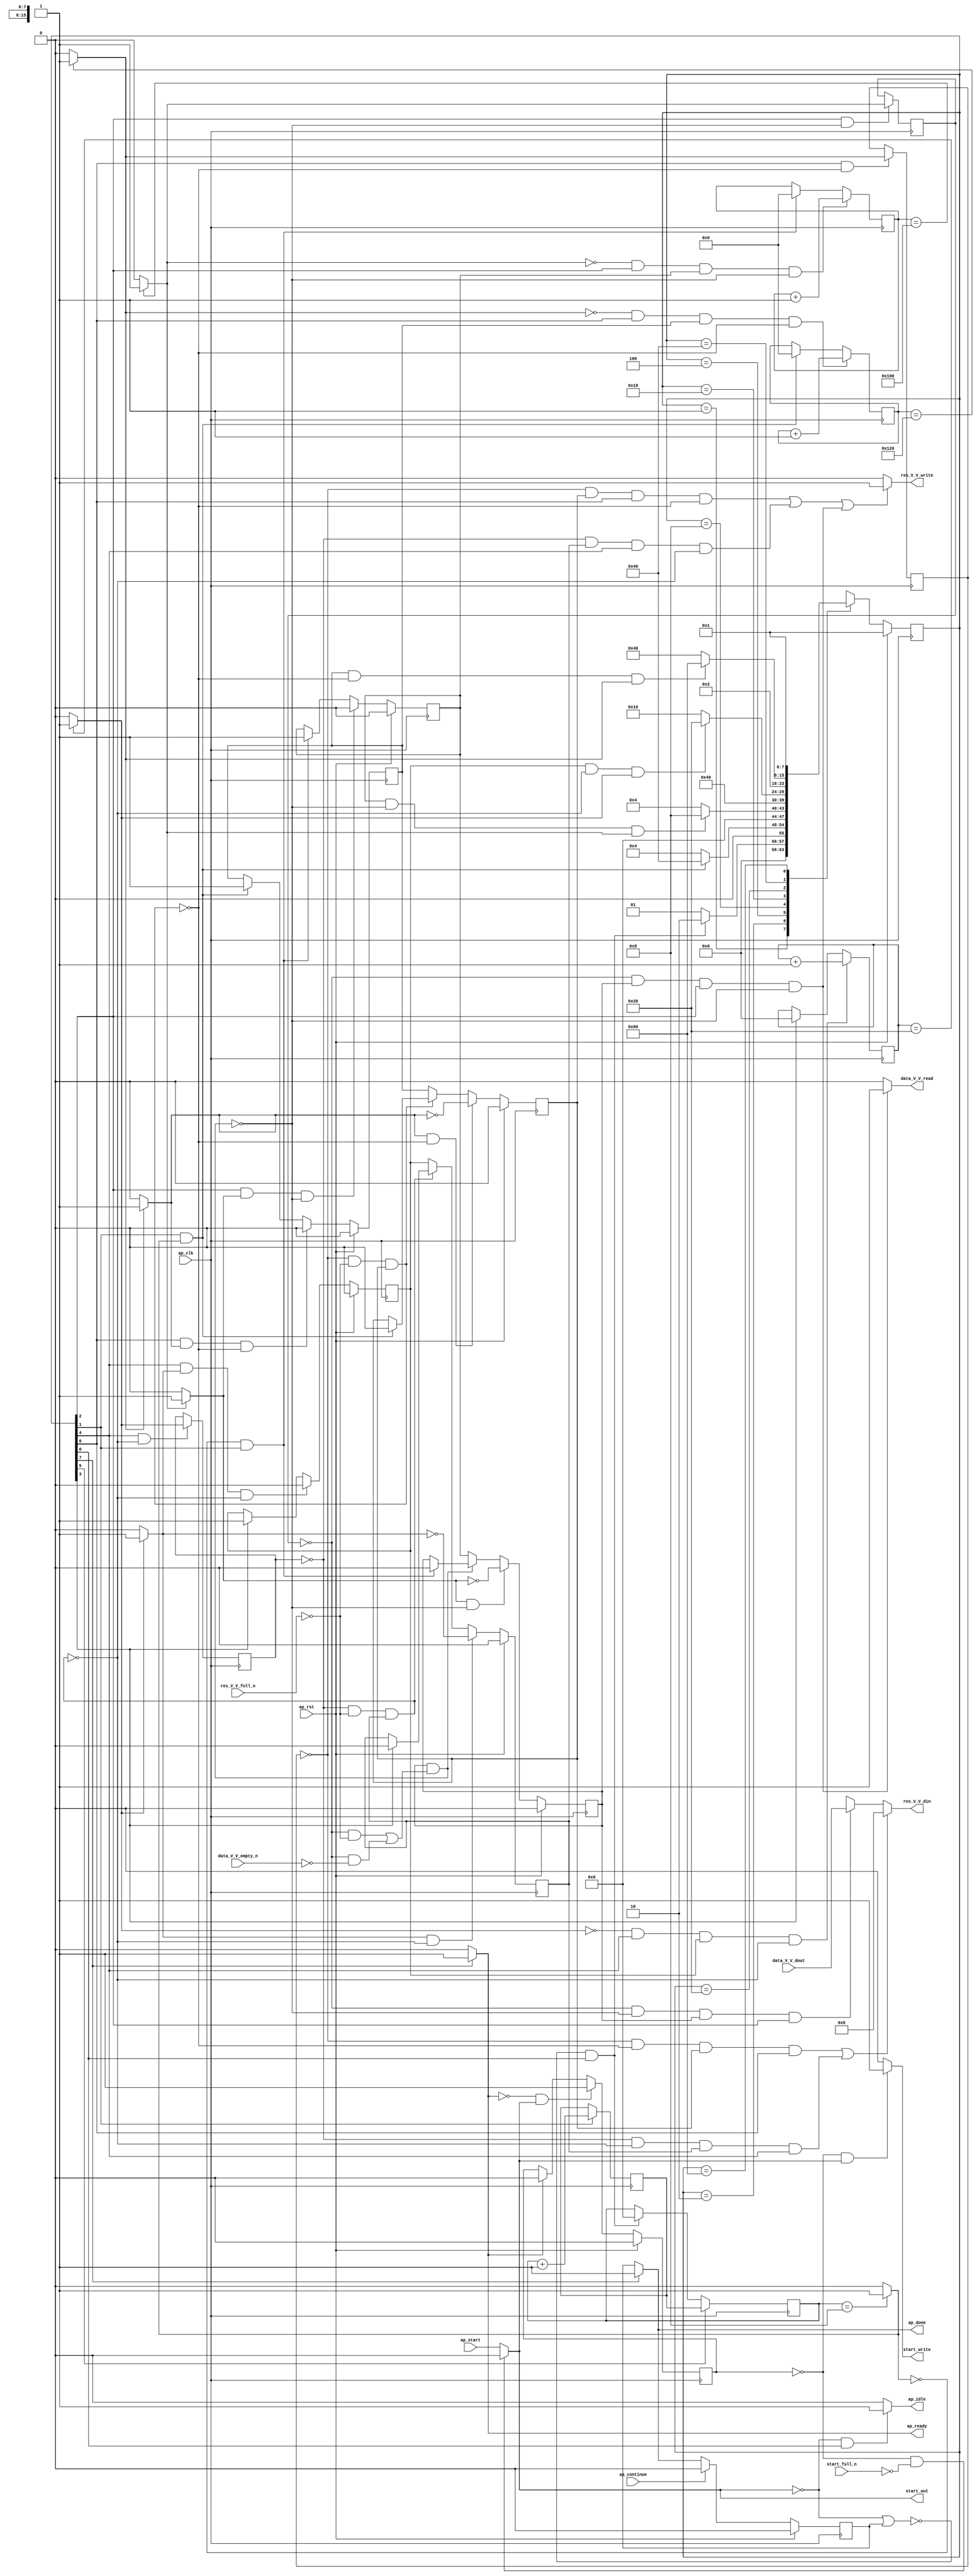
// ==============================================================
// RTL generated by Vivado(TM) HLS - High-Level Synthesis from C, C++ and OpenCL
// Version: 2019.2
// Copyright (C) 1986-2019 Xilinx, Inc. All Rights Reserved.
// 
// ===========================================================

`timescale 1 ns / 1 ps 

module zeropad2d_cl_ss_ap_fixed_ap_fixed_config80_s (
        ap_clk,
        ap_rst,
        ap_start,
        start_full_n,
        ap_done,
        ap_continue,
        ap_idle,
        ap_ready,
        start_out,
        start_write,
        data_V_V_dout,
        data_V_V_empty_n,
        data_V_V_read,
        res_V_V_din,
        res_V_V_full_n,
        res_V_V_write
);

parameter    ap_ST_fsm_state1 = 8'd1;
parameter    ap_ST_fsm_state2 = 8'd2;
parameter    ap_ST_fsm_pp0_stage0 = 8'd4;
parameter    ap_ST_fsm_state5 = 8'd8;
parameter    ap_ST_fsm_pp1_stage0 = 8'd16;
parameter    ap_ST_fsm_state8 = 8'd32;
parameter    ap_ST_fsm_pp2_stage0 = 8'd64;
parameter    ap_ST_fsm_state11 = 8'd128;

input   ap_clk;
input   ap_rst;
input   ap_start;
input   start_full_n;
output   ap_done;
input   ap_continue;
output   ap_idle;
output   ap_ready;
output   start_out;
output   start_write;
input  [15:0] data_V_V_dout;
input   data_V_V_empty_n;
output   data_V_V_read;
output  [15:0] res_V_V_din;
input   res_V_V_full_n;
output   res_V_V_write;

reg ap_done;
reg ap_idle;
reg start_write;
reg data_V_V_read;
reg[15:0] res_V_V_din;
reg res_V_V_write;

reg    real_start;
reg    start_once_reg;
reg    ap_done_reg;
(* fsm_encoding = "none" *) reg   [7:0] ap_CS_fsm;
wire    ap_CS_fsm_state1;
reg    internal_ap_ready;
reg    data_V_V_blk_n;
wire    ap_CS_fsm_pp0_stage0;
reg    ap_enable_reg_pp0_iter1;
wire    ap_block_pp0_stage0;
reg   [0:0] icmp_ln121_reg_218;
reg    res_V_V_blk_n;
wire    ap_CS_fsm_pp1_stage0;
reg    ap_enable_reg_pp1_iter1;
wire    ap_block_pp1_stage0;
reg   [0:0] icmp_ln24_reg_227;
wire    ap_CS_fsm_pp2_stage0;
reg    ap_enable_reg_pp2_iter1;
wire    ap_block_pp2_stage0;
reg   [0:0] icmp_ln130_reg_236;
reg   [8:0] indvar_flatten_reg_128;
reg   [5:0] c_0_i15_reg_139;
reg   [8:0] indvar_flatten11_reg_150;
wire   [0:0] icmp_ln117_fu_161_p2;
wire    ap_CS_fsm_state2;
wire   [3:0] i_fu_167_p2;
reg   [3:0] i_reg_213;
wire   [0:0] icmp_ln121_fu_173_p2;
wire    ap_block_state3_pp0_stage0_iter0;
reg    ap_block_state4_pp0_stage0_iter1;
reg    ap_block_pp0_stage0_11001;
wire   [8:0] add_ln121_fu_179_p2;
reg    ap_enable_reg_pp0_iter0;
wire   [0:0] icmp_ln24_fu_185_p2;
wire    ap_block_state6_pp1_stage0_iter0;
reg    ap_block_state7_pp1_stage0_iter1;
reg    ap_block_pp1_stage0_11001;
wire   [5:0] c_fu_191_p2;
reg    ap_enable_reg_pp1_iter0;
wire   [0:0] icmp_ln130_fu_197_p2;
wire    ap_block_state9_pp2_stage0_iter0;
reg    ap_block_state10_pp2_stage0_iter1;
reg    ap_block_pp2_stage0_11001;
wire   [8:0] add_ln130_fu_203_p2;
reg    ap_enable_reg_pp2_iter0;
reg    ap_block_pp0_stage0_subdone;
reg    ap_condition_pp0_exit_iter0_state3;
wire    ap_CS_fsm_state5;
reg    ap_block_pp1_stage0_subdone;
reg    ap_condition_pp1_exit_iter0_state6;
reg    ap_block_pp2_stage0_subdone;
reg    ap_condition_pp2_exit_iter0_state9;
reg   [3:0] i1_0_reg_117;
reg    ap_block_state1;
wire    ap_CS_fsm_state8;
reg    ap_block_pp0_stage0_01001;
reg    ap_block_pp1_stage0_01001;
reg    ap_block_pp2_stage0_01001;
wire    ap_CS_fsm_state11;
reg   [7:0] ap_NS_fsm;
reg    ap_idle_pp0;
wire    ap_enable_pp0;
reg    ap_idle_pp1;
wire    ap_enable_pp1;
reg    ap_idle_pp2;
wire    ap_enable_pp2;

// power-on initialization
initial begin
#0 start_once_reg = 1'b0;
#0 ap_done_reg = 1'b0;
#0 ap_CS_fsm = 8'd1;
#0 ap_enable_reg_pp0_iter1 = 1'b0;
#0 ap_enable_reg_pp1_iter1 = 1'b0;
#0 ap_enable_reg_pp2_iter1 = 1'b0;
#0 ap_enable_reg_pp0_iter0 = 1'b0;
#0 ap_enable_reg_pp1_iter0 = 1'b0;
#0 ap_enable_reg_pp2_iter0 = 1'b0;
end

always @ (posedge ap_clk) begin
    if (ap_rst == 1'b1) begin
        ap_CS_fsm <= ap_ST_fsm_state1;
    end else begin
        ap_CS_fsm <= ap_NS_fsm;
    end
end

always @ (posedge ap_clk) begin
    if (ap_rst == 1'b1) begin
        ap_done_reg <= 1'b0;
    end else begin
        if ((ap_continue == 1'b1)) begin
            ap_done_reg <= 1'b0;
        end else if ((1'b1 == ap_CS_fsm_state11)) begin
            ap_done_reg <= 1'b1;
        end
    end
end

always @ (posedge ap_clk) begin
    if (ap_rst == 1'b1) begin
        ap_enable_reg_pp0_iter0 <= 1'b0;
    end else begin
        if (((1'b1 == ap_CS_fsm_pp0_stage0) & (1'b1 == ap_condition_pp0_exit_iter0_state3) & (1'b0 == ap_block_pp0_stage0_subdone))) begin
            ap_enable_reg_pp0_iter0 <= 1'b0;
        end else if (((icmp_ln117_fu_161_p2 == 1'd0) & (1'b1 == ap_CS_fsm_state2))) begin
            ap_enable_reg_pp0_iter0 <= 1'b1;
        end
    end
end

always @ (posedge ap_clk) begin
    if (ap_rst == 1'b1) begin
        ap_enable_reg_pp0_iter1 <= 1'b0;
    end else begin
        if (((1'b1 == ap_condition_pp0_exit_iter0_state3) & (1'b0 == ap_block_pp0_stage0_subdone))) begin
            ap_enable_reg_pp0_iter1 <= (1'b1 ^ ap_condition_pp0_exit_iter0_state3);
        end else if ((1'b0 == ap_block_pp0_stage0_subdone)) begin
            ap_enable_reg_pp0_iter1 <= ap_enable_reg_pp0_iter0;
        end else if (((icmp_ln117_fu_161_p2 == 1'd0) & (1'b1 == ap_CS_fsm_state2))) begin
            ap_enable_reg_pp0_iter1 <= 1'b0;
        end
    end
end

always @ (posedge ap_clk) begin
    if (ap_rst == 1'b1) begin
        ap_enable_reg_pp1_iter0 <= 1'b0;
    end else begin
        if (((1'b1 == ap_CS_fsm_pp1_stage0) & (1'b1 == ap_condition_pp1_exit_iter0_state6) & (1'b0 == ap_block_pp1_stage0_subdone))) begin
            ap_enable_reg_pp1_iter0 <= 1'b0;
        end else if ((1'b1 == ap_CS_fsm_state5)) begin
            ap_enable_reg_pp1_iter0 <= 1'b1;
        end
    end
end

always @ (posedge ap_clk) begin
    if (ap_rst == 1'b1) begin
        ap_enable_reg_pp1_iter1 <= 1'b0;
    end else begin
        if (((1'b1 == ap_condition_pp1_exit_iter0_state6) & (1'b0 == ap_block_pp1_stage0_subdone))) begin
            ap_enable_reg_pp1_iter1 <= (1'b1 ^ ap_condition_pp1_exit_iter0_state6);
        end else if ((1'b0 == ap_block_pp1_stage0_subdone)) begin
            ap_enable_reg_pp1_iter1 <= ap_enable_reg_pp1_iter0;
        end else if ((1'b1 == ap_CS_fsm_state5)) begin
            ap_enable_reg_pp1_iter1 <= 1'b0;
        end
    end
end

always @ (posedge ap_clk) begin
    if (ap_rst == 1'b1) begin
        ap_enable_reg_pp2_iter0 <= 1'b0;
    end else begin
        if (((1'b1 == ap_CS_fsm_pp2_stage0) & (1'b1 == ap_condition_pp2_exit_iter0_state9) & (1'b0 == ap_block_pp2_stage0_subdone))) begin
            ap_enable_reg_pp2_iter0 <= 1'b0;
        end else if (((1'b1 == ap_CS_fsm_state2) & (icmp_ln117_fu_161_p2 == 1'd1))) begin
            ap_enable_reg_pp2_iter0 <= 1'b1;
        end
    end
end

always @ (posedge ap_clk) begin
    if (ap_rst == 1'b1) begin
        ap_enable_reg_pp2_iter1 <= 1'b0;
    end else begin
        if (((1'b1 == ap_condition_pp2_exit_iter0_state9) & (1'b0 == ap_block_pp2_stage0_subdone))) begin
            ap_enable_reg_pp2_iter1 <= (1'b1 ^ ap_condition_pp2_exit_iter0_state9);
        end else if ((1'b0 == ap_block_pp2_stage0_subdone)) begin
            ap_enable_reg_pp2_iter1 <= ap_enable_reg_pp2_iter0;
        end else if (((1'b1 == ap_CS_fsm_state2) & (icmp_ln117_fu_161_p2 == 1'd1))) begin
            ap_enable_reg_pp2_iter1 <= 1'b0;
        end
    end
end

always @ (posedge ap_clk) begin
    if (ap_rst == 1'b1) begin
        start_once_reg <= 1'b0;
    end else begin
        if (((internal_ap_ready == 1'b0) & (real_start == 1'b1))) begin
            start_once_reg <= 1'b1;
        end else if ((internal_ap_ready == 1'b1)) begin
            start_once_reg <= 1'b0;
        end
    end
end

always @ (posedge ap_clk) begin
    if (((icmp_ln24_fu_185_p2 == 1'd0) & (1'b1 == ap_CS_fsm_pp1_stage0) & (ap_enable_reg_pp1_iter0 == 1'b1) & (1'b0 == ap_block_pp1_stage0_11001))) begin
        c_0_i15_reg_139 <= c_fu_191_p2;
    end else if ((1'b1 == ap_CS_fsm_state5)) begin
        c_0_i15_reg_139 <= 6'd0;
    end
end

always @ (posedge ap_clk) begin
    if ((1'b1 == ap_CS_fsm_state8)) begin
        i1_0_reg_117 <= i_reg_213;
    end else if ((~((real_start == 1'b0) | (ap_done_reg == 1'b1)) & (1'b1 == ap_CS_fsm_state1))) begin
        i1_0_reg_117 <= 4'd0;
    end
end

always @ (posedge ap_clk) begin
    if (((icmp_ln130_fu_197_p2 == 1'd0) & (1'b1 == ap_CS_fsm_pp2_stage0) & (ap_enable_reg_pp2_iter0 == 1'b1) & (1'b0 == ap_block_pp2_stage0_11001))) begin
        indvar_flatten11_reg_150 <= add_ln130_fu_203_p2;
    end else if (((1'b1 == ap_CS_fsm_state2) & (icmp_ln117_fu_161_p2 == 1'd1))) begin
        indvar_flatten11_reg_150 <= 9'd0;
    end
end

always @ (posedge ap_clk) begin
    if (((icmp_ln121_fu_173_p2 == 1'd0) & (1'b1 == ap_CS_fsm_pp0_stage0) & (ap_enable_reg_pp0_iter0 == 1'b1) & (1'b0 == ap_block_pp0_stage0_11001))) begin
        indvar_flatten_reg_128 <= add_ln121_fu_179_p2;
    end else if (((icmp_ln117_fu_161_p2 == 1'd0) & (1'b1 == ap_CS_fsm_state2))) begin
        indvar_flatten_reg_128 <= 9'd0;
    end
end

always @ (posedge ap_clk) begin
    if ((1'b1 == ap_CS_fsm_state2)) begin
        i_reg_213 <= i_fu_167_p2;
    end
end

always @ (posedge ap_clk) begin
    if (((1'b1 == ap_CS_fsm_pp0_stage0) & (1'b0 == ap_block_pp0_stage0_11001))) begin
        icmp_ln121_reg_218 <= icmp_ln121_fu_173_p2;
    end
end

always @ (posedge ap_clk) begin
    if (((1'b1 == ap_CS_fsm_pp2_stage0) & (1'b0 == ap_block_pp2_stage0_11001))) begin
        icmp_ln130_reg_236 <= icmp_ln130_fu_197_p2;
    end
end

always @ (posedge ap_clk) begin
    if (((1'b1 == ap_CS_fsm_pp1_stage0) & (1'b0 == ap_block_pp1_stage0_11001))) begin
        icmp_ln24_reg_227 <= icmp_ln24_fu_185_p2;
    end
end

always @ (*) begin
    if ((icmp_ln121_fu_173_p2 == 1'd1)) begin
        ap_condition_pp0_exit_iter0_state3 = 1'b1;
    end else begin
        ap_condition_pp0_exit_iter0_state3 = 1'b0;
    end
end

always @ (*) begin
    if ((icmp_ln24_fu_185_p2 == 1'd1)) begin
        ap_condition_pp1_exit_iter0_state6 = 1'b1;
    end else begin
        ap_condition_pp1_exit_iter0_state6 = 1'b0;
    end
end

always @ (*) begin
    if ((icmp_ln130_fu_197_p2 == 1'd1)) begin
        ap_condition_pp2_exit_iter0_state9 = 1'b1;
    end else begin
        ap_condition_pp2_exit_iter0_state9 = 1'b0;
    end
end

always @ (*) begin
    if ((1'b1 == ap_CS_fsm_state11)) begin
        ap_done = 1'b1;
    end else begin
        ap_done = ap_done_reg;
    end
end

always @ (*) begin
    if (((real_start == 1'b0) & (1'b1 == ap_CS_fsm_state1))) begin
        ap_idle = 1'b1;
    end else begin
        ap_idle = 1'b0;
    end
end

always @ (*) begin
    if (((ap_enable_reg_pp0_iter1 == 1'b0) & (ap_enable_reg_pp0_iter0 == 1'b0))) begin
        ap_idle_pp0 = 1'b1;
    end else begin
        ap_idle_pp0 = 1'b0;
    end
end

always @ (*) begin
    if (((ap_enable_reg_pp1_iter1 == 1'b0) & (ap_enable_reg_pp1_iter0 == 1'b0))) begin
        ap_idle_pp1 = 1'b1;
    end else begin
        ap_idle_pp1 = 1'b0;
    end
end

always @ (*) begin
    if (((ap_enable_reg_pp2_iter1 == 1'b0) & (ap_enable_reg_pp2_iter0 == 1'b0))) begin
        ap_idle_pp2 = 1'b1;
    end else begin
        ap_idle_pp2 = 1'b0;
    end
end

always @ (*) begin
    if (((icmp_ln121_reg_218 == 1'd0) & (1'b0 == ap_block_pp0_stage0) & (ap_enable_reg_pp0_iter1 == 1'b1) & (1'b1 == ap_CS_fsm_pp0_stage0))) begin
        data_V_V_blk_n = data_V_V_empty_n;
    end else begin
        data_V_V_blk_n = 1'b1;
    end
end

always @ (*) begin
    if (((icmp_ln121_reg_218 == 1'd0) & (ap_enable_reg_pp0_iter1 == 1'b1) & (1'b1 == ap_CS_fsm_pp0_stage0) & (1'b0 == ap_block_pp0_stage0_11001))) begin
        data_V_V_read = 1'b1;
    end else begin
        data_V_V_read = 1'b0;
    end
end

always @ (*) begin
    if ((1'b1 == ap_CS_fsm_state11)) begin
        internal_ap_ready = 1'b1;
    end else begin
        internal_ap_ready = 1'b0;
    end
end

always @ (*) begin
    if (((start_once_reg == 1'b0) & (start_full_n == 1'b0))) begin
        real_start = 1'b0;
    end else begin
        real_start = ap_start;
    end
end

always @ (*) begin
    if ((((1'b0 == ap_block_pp2_stage0) & (icmp_ln130_reg_236 == 1'd0) & (ap_enable_reg_pp2_iter1 == 1'b1) & (1'b1 == ap_CS_fsm_pp2_stage0)) | ((1'b0 == ap_block_pp1_stage0) & (icmp_ln24_reg_227 == 1'd0) & (ap_enable_reg_pp1_iter1 == 1'b1) & (1'b1 == ap_CS_fsm_pp1_stage0)) | ((icmp_ln121_reg_218 == 1'd0) & (1'b0 == ap_block_pp0_stage0) & (ap_enable_reg_pp0_iter1 == 1'b1) & (1'b1 == ap_CS_fsm_pp0_stage0)))) begin
        res_V_V_blk_n = res_V_V_full_n;
    end else begin
        res_V_V_blk_n = 1'b1;
    end
end

always @ (*) begin
    if ((((icmp_ln130_reg_236 == 1'd0) & (1'b0 == ap_block_pp2_stage0_01001) & (ap_enable_reg_pp2_iter1 == 1'b1) & (1'b1 == ap_CS_fsm_pp2_stage0)) | ((icmp_ln24_reg_227 == 1'd0) & (1'b0 == ap_block_pp1_stage0_01001) & (ap_enable_reg_pp1_iter1 == 1'b1) & (1'b1 == ap_CS_fsm_pp1_stage0)))) begin
        res_V_V_din = 16'd0;
    end else if (((icmp_ln121_reg_218 == 1'd0) & (1'b0 == ap_block_pp0_stage0_01001) & (ap_enable_reg_pp0_iter1 == 1'b1) & (1'b1 == ap_CS_fsm_pp0_stage0))) begin
        res_V_V_din = data_V_V_dout;
    end else begin
        res_V_V_din = 'bx;
    end
end

always @ (*) begin
    if ((((icmp_ln130_reg_236 == 1'd0) & (ap_enable_reg_pp2_iter1 == 1'b1) & (1'b1 == ap_CS_fsm_pp2_stage0) & (1'b0 == ap_block_pp2_stage0_11001)) | ((icmp_ln24_reg_227 == 1'd0) & (ap_enable_reg_pp1_iter1 == 1'b1) & (1'b1 == ap_CS_fsm_pp1_stage0) & (1'b0 == ap_block_pp1_stage0_11001)) | ((icmp_ln121_reg_218 == 1'd0) & (ap_enable_reg_pp0_iter1 == 1'b1) & (1'b1 == ap_CS_fsm_pp0_stage0) & (1'b0 == ap_block_pp0_stage0_11001)))) begin
        res_V_V_write = 1'b1;
    end else begin
        res_V_V_write = 1'b0;
    end
end

always @ (*) begin
    if (((start_once_reg == 1'b0) & (real_start == 1'b1))) begin
        start_write = 1'b1;
    end else begin
        start_write = 1'b0;
    end
end

always @ (*) begin
    case (ap_CS_fsm)
        ap_ST_fsm_state1 : begin
            if ((~((real_start == 1'b0) | (ap_done_reg == 1'b1)) & (1'b1 == ap_CS_fsm_state1))) begin
                ap_NS_fsm = ap_ST_fsm_state2;
            end else begin
                ap_NS_fsm = ap_ST_fsm_state1;
            end
        end
        ap_ST_fsm_state2 : begin
            if (((1'b1 == ap_CS_fsm_state2) & (icmp_ln117_fu_161_p2 == 1'd1))) begin
                ap_NS_fsm = ap_ST_fsm_pp2_stage0;
            end else begin
                ap_NS_fsm = ap_ST_fsm_pp0_stage0;
            end
        end
        ap_ST_fsm_pp0_stage0 : begin
            if (~((ap_enable_reg_pp0_iter0 == 1'b1) & (1'b0 == ap_block_pp0_stage0_subdone) & (icmp_ln121_fu_173_p2 == 1'd1))) begin
                ap_NS_fsm = ap_ST_fsm_pp0_stage0;
            end else if (((ap_enable_reg_pp0_iter0 == 1'b1) & (1'b0 == ap_block_pp0_stage0_subdone) & (icmp_ln121_fu_173_p2 == 1'd1))) begin
                ap_NS_fsm = ap_ST_fsm_state5;
            end else begin
                ap_NS_fsm = ap_ST_fsm_pp0_stage0;
            end
        end
        ap_ST_fsm_state5 : begin
            ap_NS_fsm = ap_ST_fsm_pp1_stage0;
        end
        ap_ST_fsm_pp1_stage0 : begin
            if (~((ap_enable_reg_pp1_iter0 == 1'b1) & (1'b0 == ap_block_pp1_stage0_subdone) & (icmp_ln24_fu_185_p2 == 1'd1))) begin
                ap_NS_fsm = ap_ST_fsm_pp1_stage0;
            end else if (((ap_enable_reg_pp1_iter0 == 1'b1) & (1'b0 == ap_block_pp1_stage0_subdone) & (icmp_ln24_fu_185_p2 == 1'd1))) begin
                ap_NS_fsm = ap_ST_fsm_state8;
            end else begin
                ap_NS_fsm = ap_ST_fsm_pp1_stage0;
            end
        end
        ap_ST_fsm_state8 : begin
            ap_NS_fsm = ap_ST_fsm_state2;
        end
        ap_ST_fsm_pp2_stage0 : begin
            if (~((ap_enable_reg_pp2_iter0 == 1'b1) & (1'b0 == ap_block_pp2_stage0_subdone) & (icmp_ln130_fu_197_p2 == 1'd1))) begin
                ap_NS_fsm = ap_ST_fsm_pp2_stage0;
            end else if (((ap_enable_reg_pp2_iter0 == 1'b1) & (1'b0 == ap_block_pp2_stage0_subdone) & (icmp_ln130_fu_197_p2 == 1'd1))) begin
                ap_NS_fsm = ap_ST_fsm_state11;
            end else begin
                ap_NS_fsm = ap_ST_fsm_pp2_stage0;
            end
        end
        ap_ST_fsm_state11 : begin
            ap_NS_fsm = ap_ST_fsm_state1;
        end
        default : begin
            ap_NS_fsm = 'bx;
        end
    endcase
end

assign add_ln121_fu_179_p2 = (indvar_flatten_reg_128 + 9'd1);

assign add_ln130_fu_203_p2 = (indvar_flatten11_reg_150 + 9'd1);

assign ap_CS_fsm_pp0_stage0 = ap_CS_fsm[32'd2];

assign ap_CS_fsm_pp1_stage0 = ap_CS_fsm[32'd4];

assign ap_CS_fsm_pp2_stage0 = ap_CS_fsm[32'd6];

assign ap_CS_fsm_state1 = ap_CS_fsm[32'd0];

assign ap_CS_fsm_state11 = ap_CS_fsm[32'd7];

assign ap_CS_fsm_state2 = ap_CS_fsm[32'd1];

assign ap_CS_fsm_state5 = ap_CS_fsm[32'd3];

assign ap_CS_fsm_state8 = ap_CS_fsm[32'd5];

assign ap_block_pp0_stage0 = ~(1'b1 == 1'b1);

always @ (*) begin
    ap_block_pp0_stage0_01001 = ((ap_enable_reg_pp0_iter1 == 1'b1) & (((icmp_ln121_reg_218 == 1'd0) & (res_V_V_full_n == 1'b0)) | ((icmp_ln121_reg_218 == 1'd0) & (data_V_V_empty_n == 1'b0))));
end

always @ (*) begin
    ap_block_pp0_stage0_11001 = ((ap_enable_reg_pp0_iter1 == 1'b1) & (((icmp_ln121_reg_218 == 1'd0) & (res_V_V_full_n == 1'b0)) | ((icmp_ln121_reg_218 == 1'd0) & (data_V_V_empty_n == 1'b0))));
end

always @ (*) begin
    ap_block_pp0_stage0_subdone = ((ap_enable_reg_pp0_iter1 == 1'b1) & (((icmp_ln121_reg_218 == 1'd0) & (res_V_V_full_n == 1'b0)) | ((icmp_ln121_reg_218 == 1'd0) & (data_V_V_empty_n == 1'b0))));
end

assign ap_block_pp1_stage0 = ~(1'b1 == 1'b1);

always @ (*) begin
    ap_block_pp1_stage0_01001 = ((icmp_ln24_reg_227 == 1'd0) & (res_V_V_full_n == 1'b0) & (ap_enable_reg_pp1_iter1 == 1'b1));
end

always @ (*) begin
    ap_block_pp1_stage0_11001 = ((icmp_ln24_reg_227 == 1'd0) & (res_V_V_full_n == 1'b0) & (ap_enable_reg_pp1_iter1 == 1'b1));
end

always @ (*) begin
    ap_block_pp1_stage0_subdone = ((icmp_ln24_reg_227 == 1'd0) & (res_V_V_full_n == 1'b0) & (ap_enable_reg_pp1_iter1 == 1'b1));
end

assign ap_block_pp2_stage0 = ~(1'b1 == 1'b1);

always @ (*) begin
    ap_block_pp2_stage0_01001 = ((icmp_ln130_reg_236 == 1'd0) & (res_V_V_full_n == 1'b0) & (ap_enable_reg_pp2_iter1 == 1'b1));
end

always @ (*) begin
    ap_block_pp2_stage0_11001 = ((icmp_ln130_reg_236 == 1'd0) & (res_V_V_full_n == 1'b0) & (ap_enable_reg_pp2_iter1 == 1'b1));
end

always @ (*) begin
    ap_block_pp2_stage0_subdone = ((icmp_ln130_reg_236 == 1'd0) & (res_V_V_full_n == 1'b0) & (ap_enable_reg_pp2_iter1 == 1'b1));
end

always @ (*) begin
    ap_block_state1 = ((real_start == 1'b0) | (ap_done_reg == 1'b1));
end

always @ (*) begin
    ap_block_state10_pp2_stage0_iter1 = ((icmp_ln130_reg_236 == 1'd0) & (res_V_V_full_n == 1'b0));
end

assign ap_block_state3_pp0_stage0_iter0 = ~(1'b1 == 1'b1);

always @ (*) begin
    ap_block_state4_pp0_stage0_iter1 = (((icmp_ln121_reg_218 == 1'd0) & (res_V_V_full_n == 1'b0)) | ((icmp_ln121_reg_218 == 1'd0) & (data_V_V_empty_n == 1'b0)));
end

assign ap_block_state6_pp1_stage0_iter0 = ~(1'b1 == 1'b1);

always @ (*) begin
    ap_block_state7_pp1_stage0_iter1 = ((icmp_ln24_reg_227 == 1'd0) & (res_V_V_full_n == 1'b0));
end

assign ap_block_state9_pp2_stage0_iter0 = ~(1'b1 == 1'b1);

assign ap_enable_pp0 = (ap_idle_pp0 ^ 1'b1);

assign ap_enable_pp1 = (ap_idle_pp1 ^ 1'b1);

assign ap_enable_pp2 = (ap_idle_pp2 ^ 1'b1);

assign ap_ready = internal_ap_ready;

assign c_fu_191_p2 = (c_0_i15_reg_139 + 6'd1);

assign i_fu_167_p2 = (i1_0_reg_117 + 4'd1);

assign icmp_ln117_fu_161_p2 = ((i1_0_reg_117 == 4'd8) ? 1'b1 : 1'b0);

assign icmp_ln121_fu_173_p2 = ((indvar_flatten_reg_128 == 9'd256) ? 1'b1 : 1'b0);

assign icmp_ln130_fu_197_p2 = ((indvar_flatten11_reg_150 == 9'd288) ? 1'b1 : 1'b0);

assign icmp_ln24_fu_185_p2 = ((c_0_i15_reg_139 == 6'd32) ? 1'b1 : 1'b0);

assign start_out = real_start;

endmodule //zeropad2d_cl_ss_ap_fixed_ap_fixed_config80_s